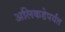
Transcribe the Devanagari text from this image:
अलिकडेपर्यंत